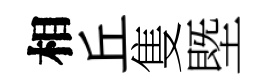
相丘隻塈